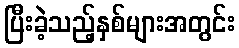
ပြီးခဲ့သည့်နှစ်များအတွင်း